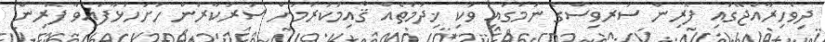
ދިވެހިރާއްޖޭގައި ފޮރިން ސަރވިސްގެ ނަމުގައި ވަކި ޚިދުމަތެއް ޤާއިމުކުރުމަށް ސަރުކާރުން ހުށަހަޅާފައިވާ ފޮރިން